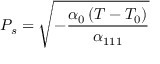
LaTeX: P _ { s } = { \sqrt { - { \frac { \alpha _ { 0 } \left( T - T _ { 0 } \right) } { \alpha _ { 1 1 1 } } } } }